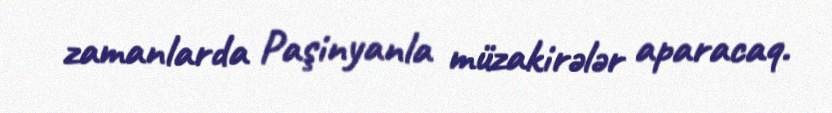
zamanlarda Paşinyanla müzakirələr aparacaq.